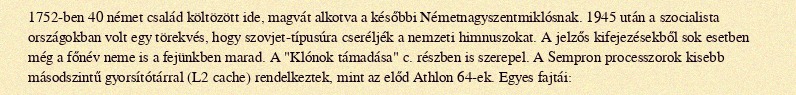
1752-ben 40 német család költözött ide, magvát alkotva a későbbi Németnagyszentmiklósnak. 1945 után a szocialista országokban volt egy törekvés, hogy szovjet-típusúra cseréljék a nemzeti himnuszokat. A jelzős kifejezésekből sok esetben még a főnév neme is a fejünkben marad. A "Klónok támadása" c. részben is szerepel. A Sempron processzorok kisebb másodszintű gyorsítótárral (L2 cache) rendelkeztek, mint az előd Athlon 64-ek. Egyes fajtái: